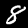
Digit: 8